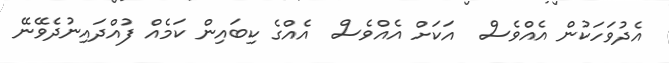
އެދުވަހަކުން އެއްވެސް  އަކަށް އެއްވެސް  އެއްގެ ކިބައިން ކަމެއް ފުއްދައިނުދެވޭނޭ